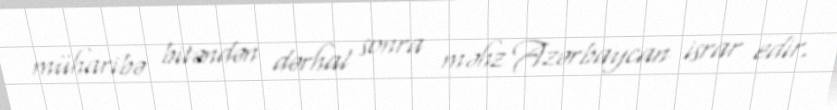
müharibə bitəndən dərhal sonra məhz Azərbaycan israr edir.